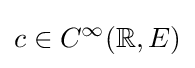
c\in C^{\infty }(\mathbb {R} ,E)